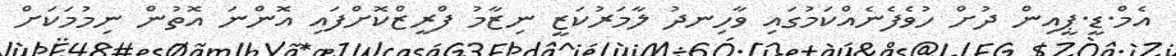
އެމް.ޑީ.ޕީއިން ދުށް ހުވެފެނެއްކަމުގައި ވާހިނދު ލާމަރުކަޒީ ނިޒާމު ފްރީޒްކޮށްފައި އޮންނަ އޮތުން ނިމުމަކަށް